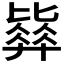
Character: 𣬓